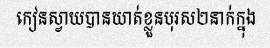
កៀនស្វាយបានឃាត់ខ្លួនបុរស២នាក់ក្នុង